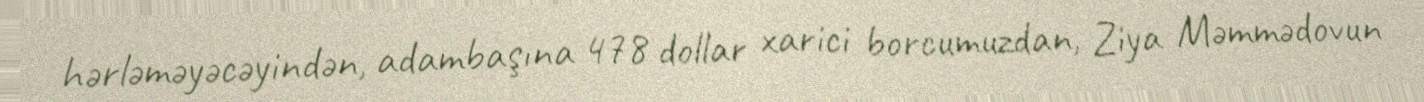
hərləməyəcəyindən, adambaşına 478 dollar xarici borcumuzdan, Ziya Məmmədovun